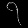
Digit: ၇